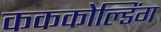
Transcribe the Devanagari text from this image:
कककोल्डिंग